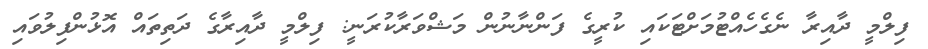
ފިލްމީ ދާއިރާ ނެގެހެއްޓުމަށްޓަކައި ކުރީގެ ފަންނާނުން މަޝްވަރާކުރަނީ: ފިލްމީ ދާއިރާގެ ދަތިތައް އޮޅުންފިލުވައި